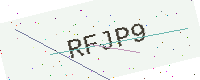
Text: RFJP9